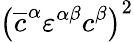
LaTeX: \left(\overline{{{c}}}^{\alpha}\varepsilon^{\alpha\beta}c^{\beta}\right)^{2}